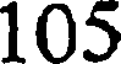
105